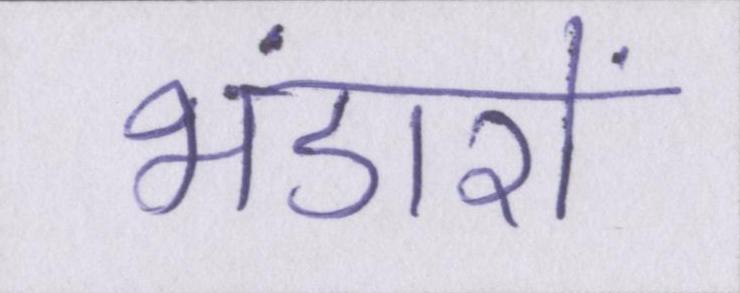
भंडारों